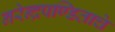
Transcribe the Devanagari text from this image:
नरेन्द्रपण्डिताचे